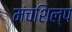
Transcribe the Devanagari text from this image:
मंचशिल्प